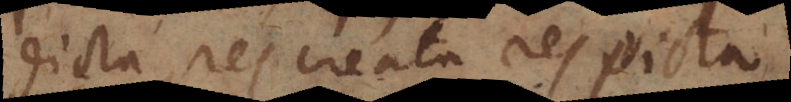
dicta, res creata, res picta.